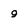
Character: 9